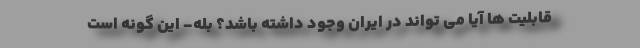
قابلیت ها آیا می تواند در ایران وجود داشته باشد؟ بله- این گونه است